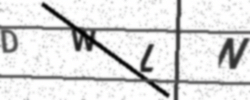
Text: DWLN